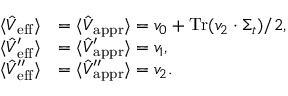
\begin{array} { r l } { \langle \hat { V } _ { \mathrm { e f f } } \rangle } & { = \langle \hat { V } _ { \mathrm { a p p r } } \rangle = v _ { 0 } + \operatorname { T r } ( v _ { 2 } \cdot \Sigma _ { t } ) / 2 \mathrm { , \ } } \\ { \langle \hat { V } _ { \mathrm { e f f } } ^ { \prime } \rangle } & { = \langle \hat { V } _ { \mathrm { a p p r } } ^ { \prime } \rangle = v _ { 1 } \mathrm { , \ } } \\ { \langle \hat { V } _ { \mathrm { e f f } } ^ { \prime \prime } \rangle } & { = \langle \hat { V } _ { \mathrm { a p p r } } ^ { \prime \prime } \rangle = v _ { 2 } . } \end{array}